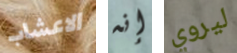
الاعشاب إنه ليروي